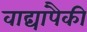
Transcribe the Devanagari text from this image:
वाद्यांपैकी